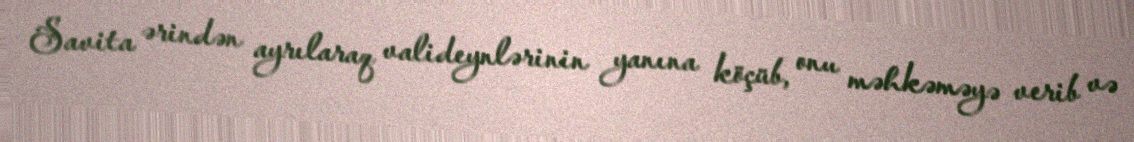
Savita ərindən ayrılaraq valideynlərinin yanına köçüb, onu məhkəməyə verib və